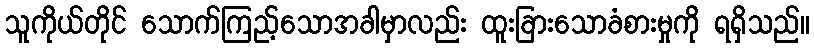
သူကိုယ်တိုင် သောက်ကြည့်သောအခါမှာလည်း ထူးခြားသောခံစားမှုကို ရရှိသည်။